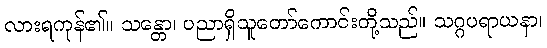
လားရကုန်၏။ သန္တော၊ ပညာရှိသူတော်ကောင်းတို့သည်။ သဂ္ဂပရာယနာ၊